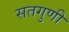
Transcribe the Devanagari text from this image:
सतगुणी